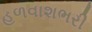
હળવાશભરી